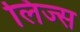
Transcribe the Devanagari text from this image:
लिज्स